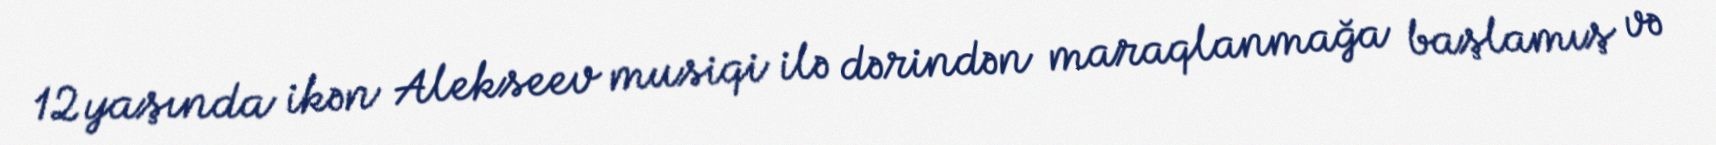
12 yaşında ikən Alekseev musiqi ilə dərindən maraqlanmağa başlamış və